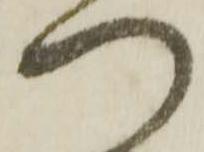
つ